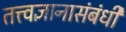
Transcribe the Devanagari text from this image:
तत्त्वज्ञानासंबंधी